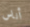
أناس